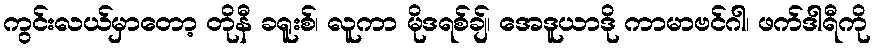
ကွင်းလယ်မှာတော့ တိုနီ ခရူးစ်၊ လူကာ မိုဒရစ်ချ်၊ အေဒူယာဒို ကာမာဗင်ဂါ၊ ဖက်ဒါရီကို